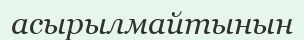
асырылмайтынын